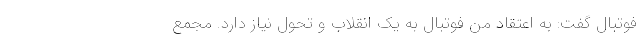
فوتبال گفت: به اعتقاد من فوتبال به یک انقلاب و تحول نیاز دارد. مجمع